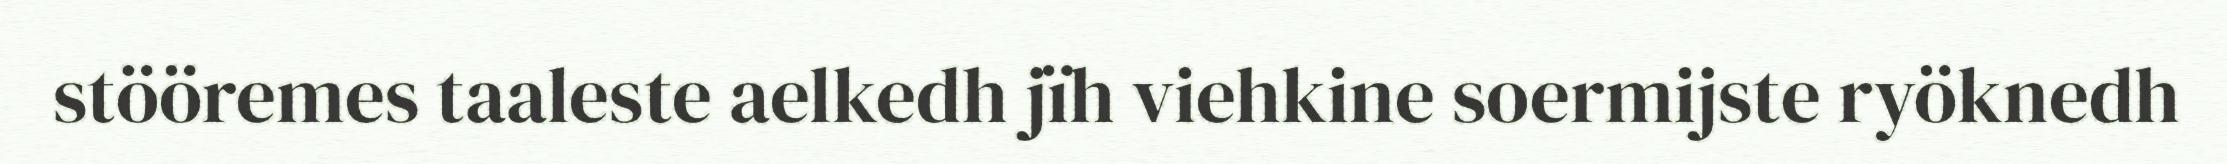
stööremes taaleste aelkedh jïh viehkine soermijste ryöknedh